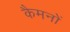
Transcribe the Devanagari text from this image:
कैमनों